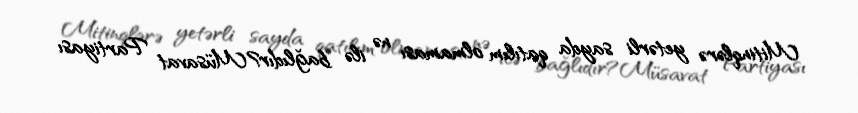
Mitinqlərə yetərli sayda qatılım olmaması nə ilə bağlıdır?Müsavat Partiyası